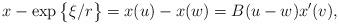
LaTeX: \begin{align*}x-\exp\big\{\xi/r\big\}=x(u)-x(w)= B(u-w) x'(v),\end{align*}